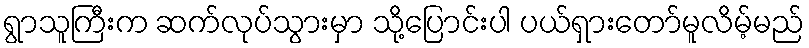
ရွာသူကြီးက ဆက်လုပ်သွားမှာ သို့ပြောင်းပါ ပယ်ရှားတော်မူလိမ့်မည်